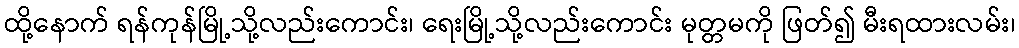
ထို့နောက် ရန်ကုန်မြို့သို့လည်းကောင်း၊ ရေးမြို့သို့လည်းကောင်း မုတ္တမကို ဖြတ်၍ မီးရထားလမ်း၊